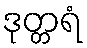
ဒုတ္တရံ